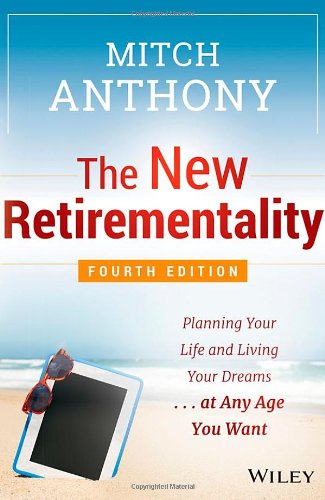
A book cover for The New Retirementality: Planning Your Life and Living Your Dreams...at Any Age You Want; Mitch Anthony; Business & Money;